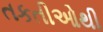
તકતીઓથી